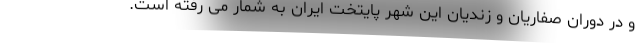
و در دوران صفاریان و زندیان این شهر پایتخت ایران به شمار می رفته است.